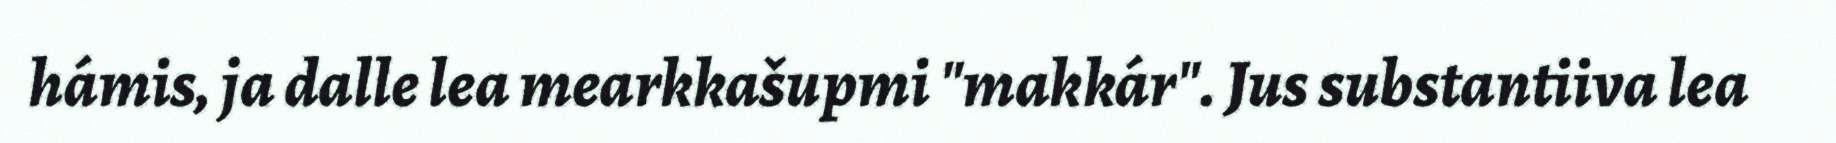
hámis, ja dalle lea mearkkašupmi "makkár". Jus substantiiva lea